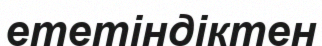
ететіндіктен